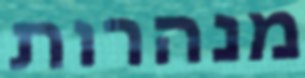
מנהרות